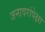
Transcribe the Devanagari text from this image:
जनावरांपेक्षा